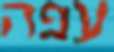
עפה